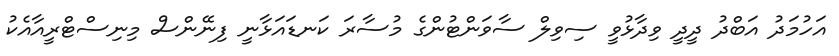
އަހުމަދު އަބްދު ދީދީ ވިދާޅުވީ ސިވިލް ސާވަންޓުންގެ މުސާރަ ކަނޑައަޅާނީ ފިނޭންސް މިނިސްޓްރީއާއެކު